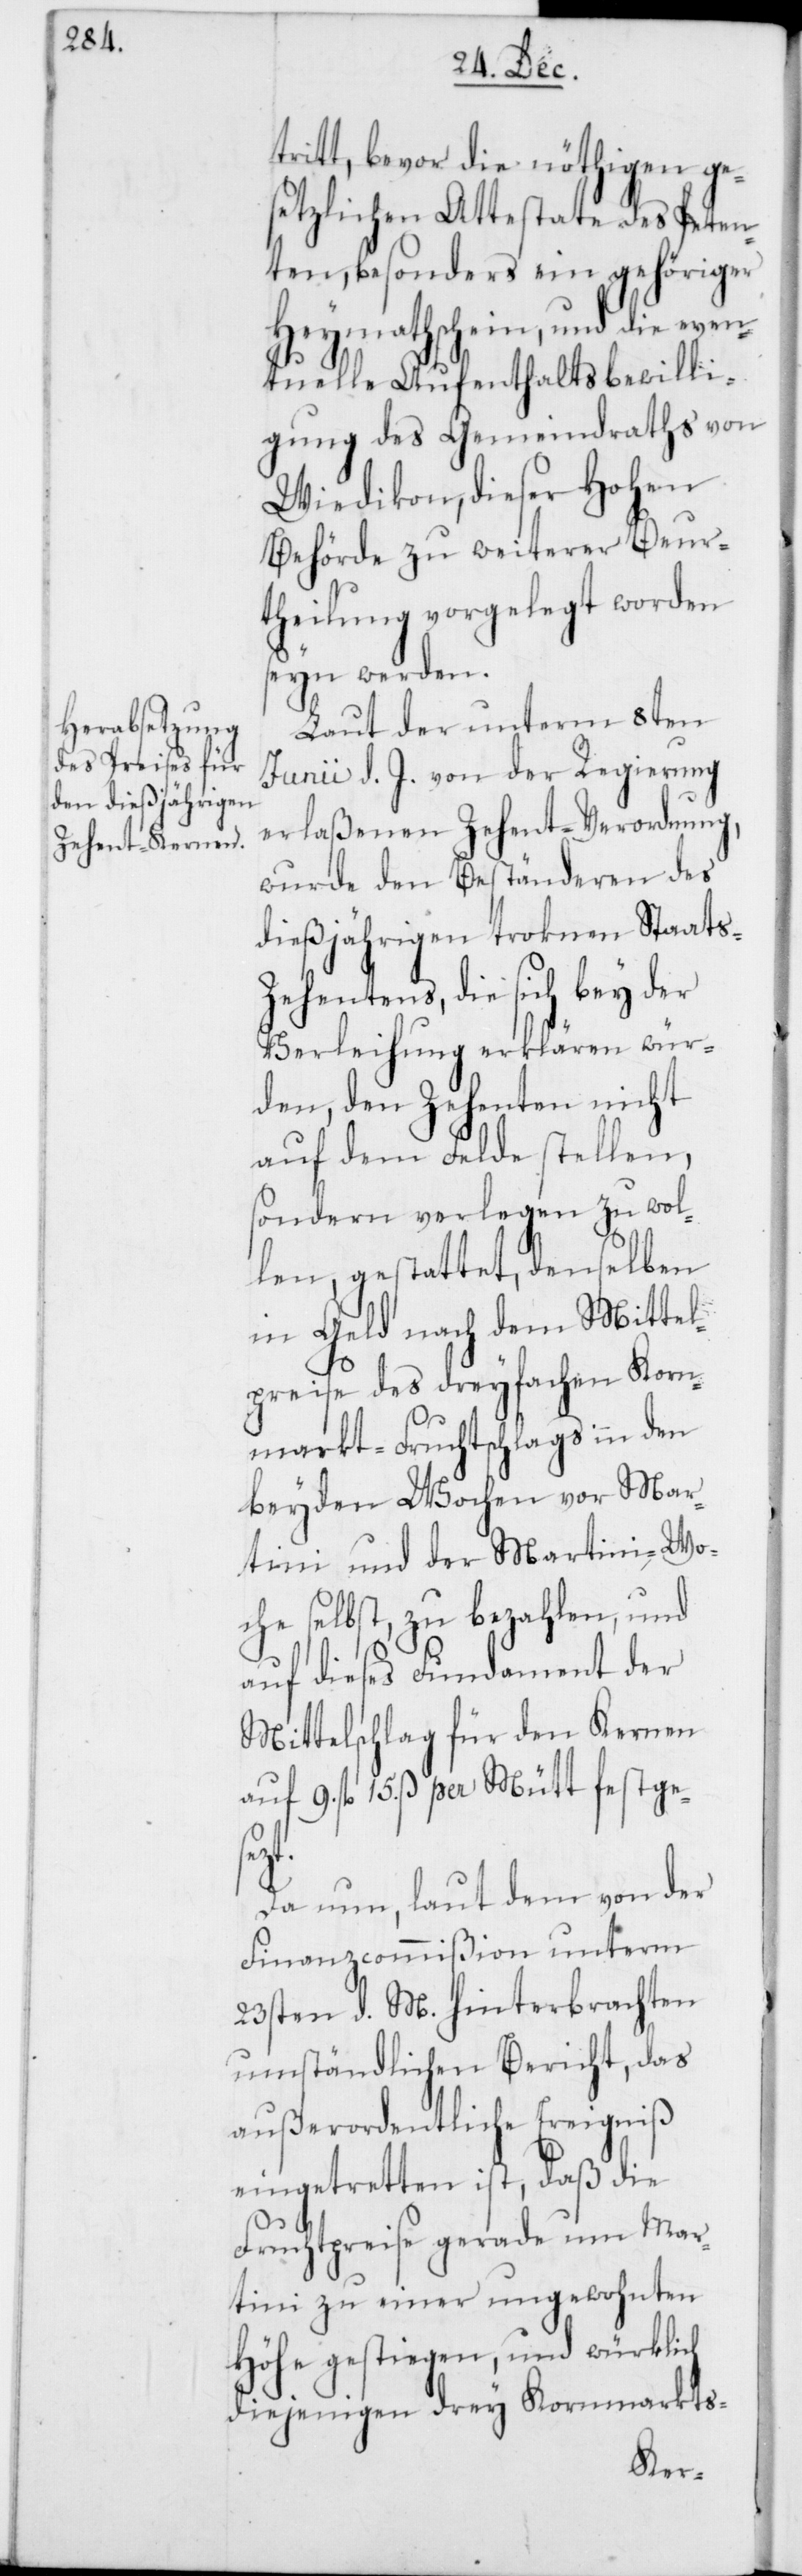
tritt, bevor die nöthigen ge¬
setzlichen Attestate des Peten¬
ten, besonders ein gehöriger
Heymathschein, und die even¬
tuelle Aufenthaltsbewilli¬
gung des Gemeindraths von
Wiedikon, dieser Hohen
Behörde zu weiterer Beur¬
theilung vorgelegt worden
seyn werden.
Laut der unterm 8ten
Junii d. J. von der Regierung
erlaßenen Zehent-Verordnung,
wurde den Beständeren des
dießjährigen troknen Staats-Z¬
ehentens, die sich bey der
Verleihung erklären wür¬
den, den Zehenten nicht
auf dem Felde stellen,
sondern verlegen zu wol¬
len, gestattet, denselben
in Geld nach dem Mittel¬
preise des dreyfachen Korn¬
markt-Fruchtschlags in den
beyden Wochen vor Mar¬
tini und der Martini-Wo¬
che selbst, zu bezahlen, und
auf dieses Fundament der
Mittelschlag für den Kernen
auf 9. fl. 15. ß per Mütt festge¬
sezt.
Da nun, laut dem von der
Finanzcommißion unterm
23sten d. M. hinterbrachten
umständlichen Bericht, das
außerordentliche Ereigniß
eingetretten ist, daß die
Fruchtpreise gerade um Mar¬
tini zu einer ungewohnten
Höhe gestiegen, und würklich
diejenigen drey Kornmarkts-